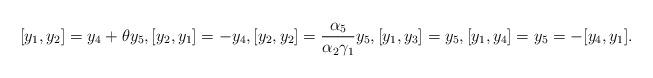
LaTeX: \begin{align*}[y_1, y_2]=y_4+\theta y_5, [y_2, y_1]=-y_4, [y_2, y_2]=\frac{\alpha_5}{\alpha_2\gamma_1}y_5, [y_1, y_3]=y_5, [y_1, y_4]=y_5=-[y_4, y_1].\end{align*}